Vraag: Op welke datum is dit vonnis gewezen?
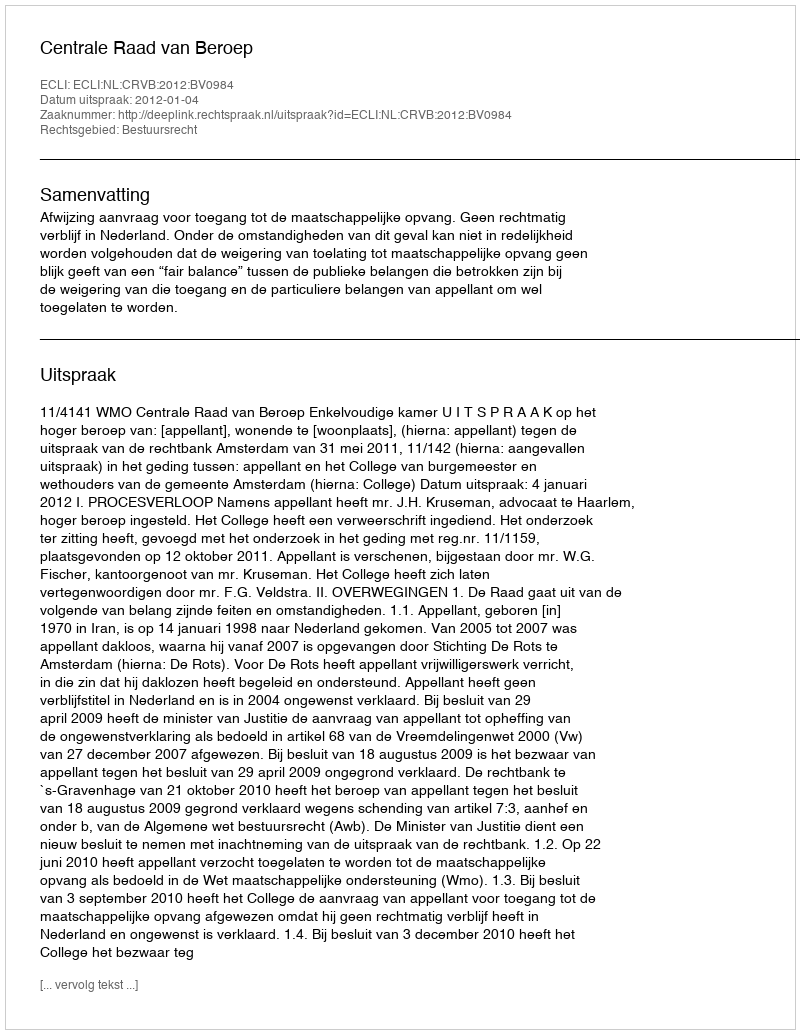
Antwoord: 2012-01-04